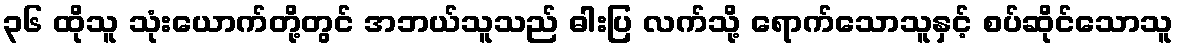
၃၆ ထိုသူ သုံးယောက်တို့တွင် အဘယ်သူသည် ဓါးပြ လက်သို့ ရောက်သောသူနှင့် စပ်ဆိုင်သောသူ